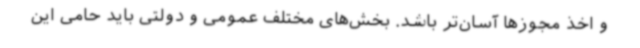
و اخذ مجوزها آسان‌تر باشد. بخش‌های مختلف عمومی و دولتی باید حامی این